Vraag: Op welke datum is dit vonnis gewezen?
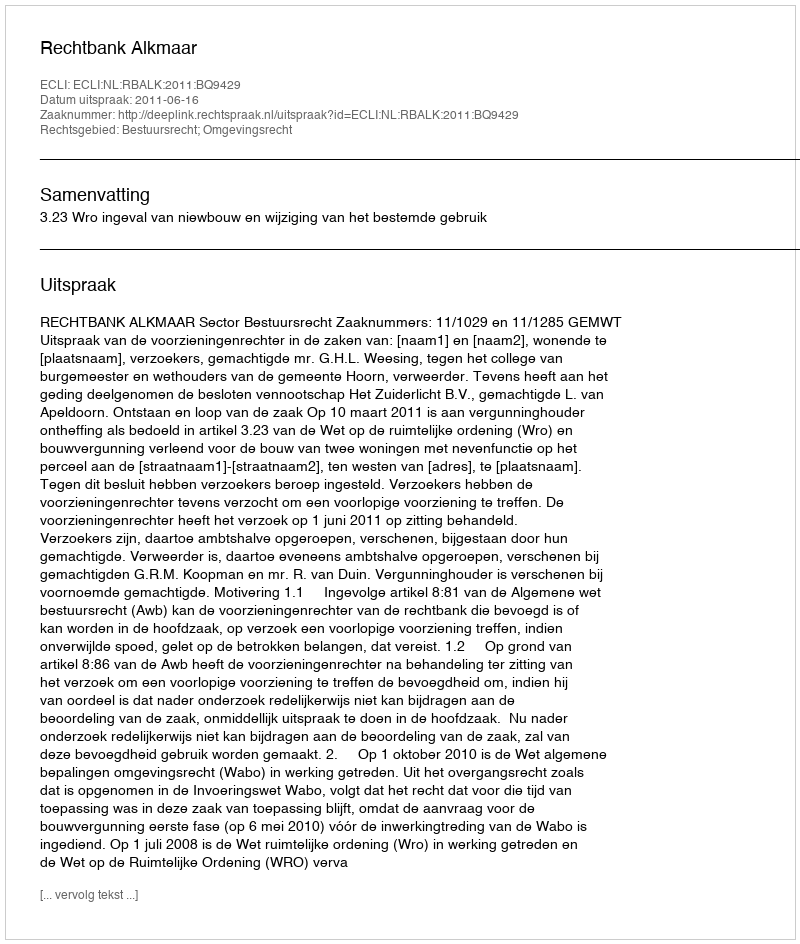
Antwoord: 2011-06-16